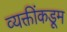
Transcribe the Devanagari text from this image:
व्यक्तींकडूम